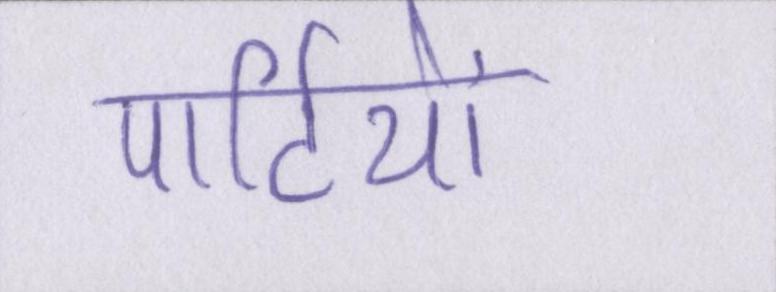
पार्टियों